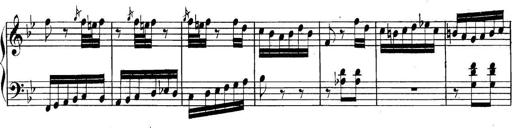
Title: Collected Piano Sonatas
Composer: Muzio Clementi